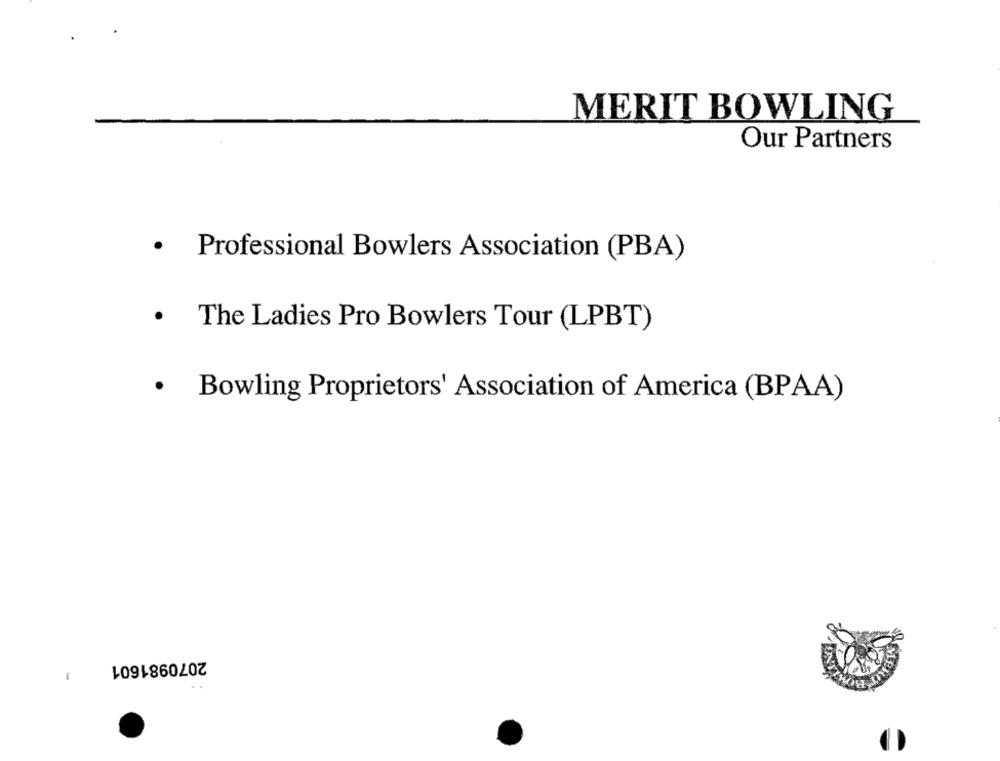
MERIT BOWLING
Our Partners
.
Professional Bowlers Association (PBA)
.
The Ladies Pro Bowlers Tour (LPBT)
.
Bowling Proprietors' Association of America (BPAA)
2070981601